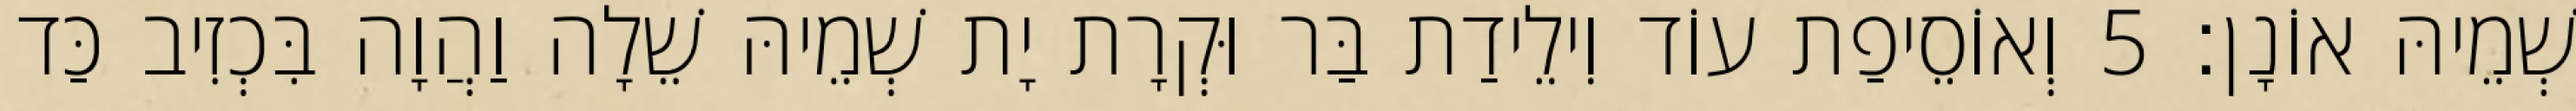
שְׁמֵיהּ אוֹנָן׃ 5 וְאוֹסֵיפַת עוֹד וִילֵידַת בַּר וּקְרָת יָת שְׁמֵיהּ שֵׁלָה וַהֲוָה בִּכְזִיב כַּד